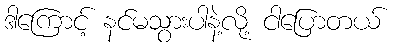
ဒါကြောင့် နင်မသွားပါနဲ့လို့ ငါပြောတယ်